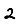
Digit: 2